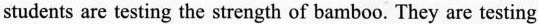
students are testing the strength of bamboo. They are testing